Indian journal of veterinary science and animal husbandry - Volumes 26-27, 1956-1957
Year: 1956
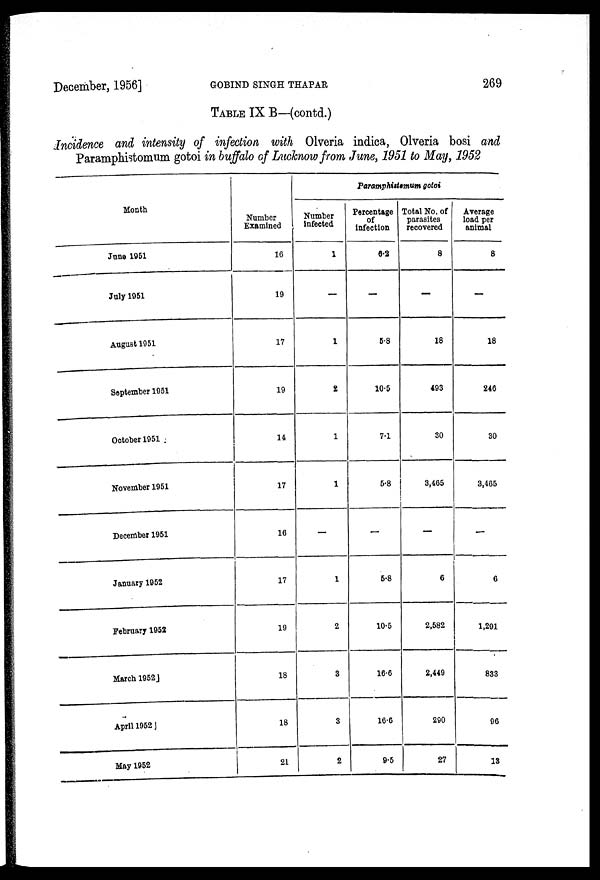
December, 1956]
GOBIND
SINGH
THAPAR
269
TABLE IX B—(contd.)
Incidence and intensity of infection with Olveria indica, Olveria bosi and
Paramphistomum gotoi in buffalo of Lucknow from June, 1951 to May, 1952
Month
June 1951
July 1951
August 1951
September 1951
October 1951
November 1951
December 1951
January 1952
February 1952
March 1952
April 1952
May 1952
Number
Examined
16
19
17
19
14
17
16
17
19
18
18
21
Paramphistemum gotoi
Number
infected
1
-
1
2
1
1
-
1
2
3
3
2
Percentage
of
infection
6.2
-
5.8
10.5
7.1
5.8
-
5.8
10.5
16.6
16.6
9.5
Total No. of
parasites
recovered
8
—
18
493
30
3,465
-
6
2,582
2,449
290
27
Average
load per
animal
8
—
18
246
30
3,465
—
6
1,291
833
96
13